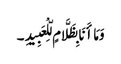
وَمَا أَنَا بِظَلَّامٍ لِّلْعَبِیدِ ۔